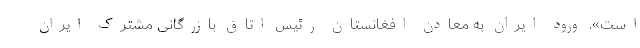
است». ورود ایران به معادن افغانستان رئیس اتاق بازرگانی مشترک ایران